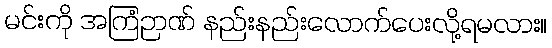
မင်းကို အကြံဉာဏ် နည်းနည်းလောက်ပေးလို့ရမလား။